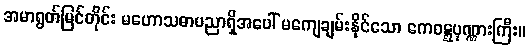
အမာရွတ်မြင်တိုင်း မဟောသဓာပညာရှိအပေါ် မကျေချမ်းနိုင်သော ကေဝဋ္ဋပုဏ္ဏားကြီး။